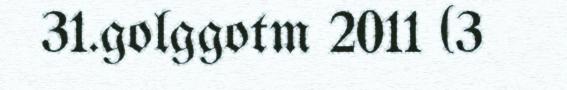
31.golggotm 2011 (3